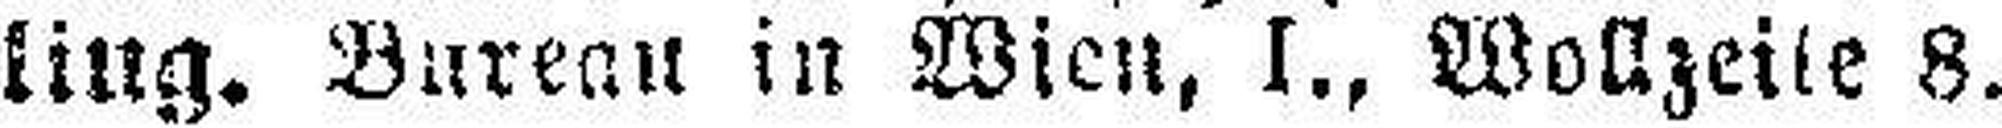
ling. Bureau in Wien, I., Wollzeise 8.